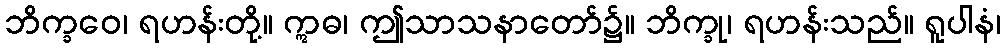
ဘိက္ခဝေ၊ ရဟန်းတို့။ ဣဓ၊ ဤသာသနာတော်၌။ ဘိက္ခု၊ ရဟန်းသည်။ ရူပါနံ၊